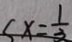
x = \frac { 1 } { 3 }